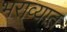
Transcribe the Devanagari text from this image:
भराव्यात